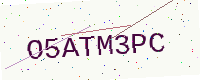
Text: O5ATM3PC